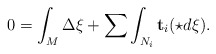
\begin{align*}0 = \int_M \Delta \xi + \sum \int_{N_i} \mathbf{t}_i (\star d \xi). \end{align*}